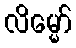
လိမ္မော်